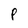
Character: P